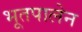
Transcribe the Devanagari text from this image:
भूतपालेन